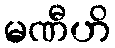
မဏီဟိ